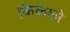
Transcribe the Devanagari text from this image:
किळाले